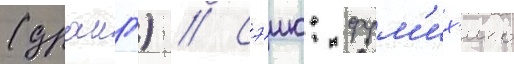
(драиг) // Сэию: фум'их'ико